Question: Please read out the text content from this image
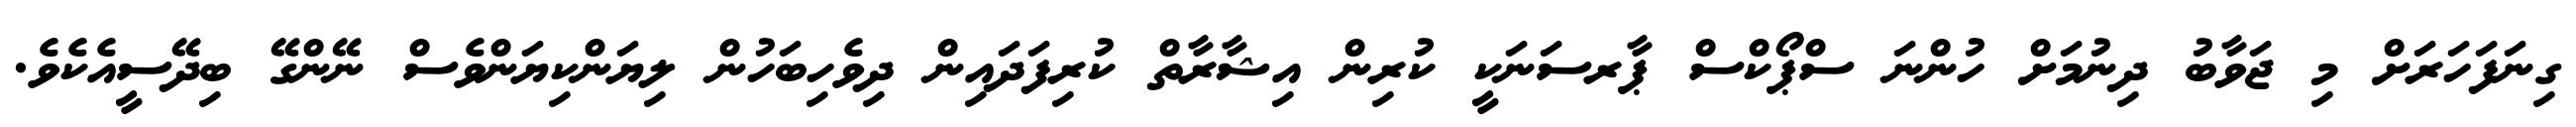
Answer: ގިނަފަހަރަށް މި ޖަވާބު ދިނުމަށް ހުންނަ ސްޕޯކްސް ޕާރސަނަކީ ކުރިން އިޝާރާތް ކުރިފަދައިން ދިވެހިބަހުން ލިޔަންކިޔަންވެސް ނޭންގޭ ބިދޭސީއެކެވެ.